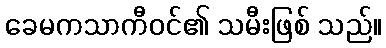
ခေမကသာကီဝင်၏ သမီးဖြစ် သည်။